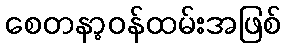
စေတနာ့ဝန်ထမ်းအဖြစ်